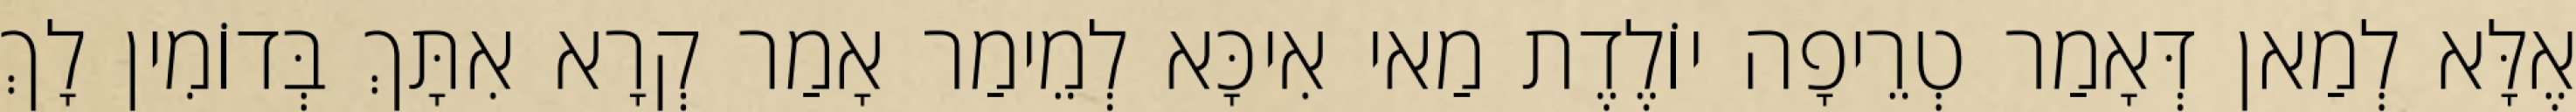
אֶלָּא לְמַאן דְּאָמַר טְרֵיפָה יוֹלֶדֶת מַאי אִיכָּא לְמֵימַר אָמַר קְרָא אִתָּךְ בְּדוֹמִין לָךְ